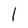
Character: l